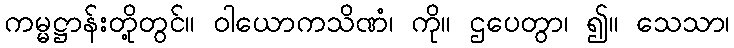
ကမ္မဋ္ဌာန်းတို့တွင်။ ဝါယောကသိဏံ၊ ကို။ ဌပေတွာ၊ ၍။ သေသာ၊